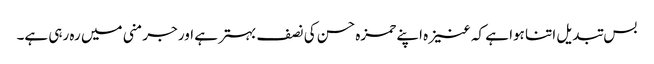
بس تبدیل اتنا ہوا ہے کہ عنیزہ اپنے حمزہ حسن کی نصف بہتر ہے اور جرمنی میں رہ رہی ہے۔